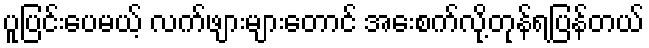
ပူပြင်းပေမယ့် လက်ဖျားများတောင် အေးစက်လို့တုန်ရပြန်တယ်